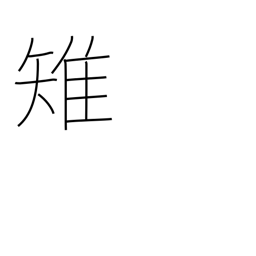
Meaning: pheasant